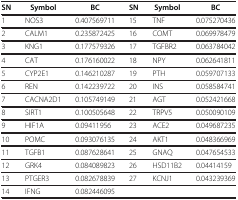
<table><thead><tr><td><b>SN</b></td><td><b>Symbol</b></td><td><b>BC</b></td><td><b>SN</b></td><td><b>Symbol</b></td><td><b>BC</b></td></tr></thead><tbody><tr><td>1</td><td>NOS3</td><td>0.407569711</td><td>15</td><td>TNF</td><td>0.075270436</td></tr><tr><td>2</td><td>CALM1</td><td>0.235872425</td><td>16</td><td>COMT</td><td>0.069978479</td></tr><tr><td>3</td><td>KNG1</td><td>0.177579326</td><td>17</td><td>TGFBR2</td><td>0.063784042</td></tr><tr><td>4</td><td>CAT</td><td>0.176160022</td><td>18</td><td>NPY</td><td>0.062641811</td></tr><tr><td>5</td><td>CYP2E1</td><td>0.146210287</td><td>19</td><td>PTH</td><td>0.059707133</td></tr><tr><td>6</td><td>REN</td><td>0.142239722</td><td>20</td><td>INS</td><td>0.058584741</td></tr><tr><td>7</td><td>CACNA2D1</td><td>0.105749149</td><td>21</td><td>AGT</td><td>0.052421668</td></tr><tr><td>8</td><td>SIRT1</td><td>0.100505648</td><td>22</td><td>TRPV5</td><td>0.050090109</td></tr><tr><td>9</td><td>HIF1A</td><td>0.09411956</td><td>23</td><td>ACE2</td><td>0.049687235</td></tr><tr><td>10</td><td>POMC</td><td>0.093076135</td><td>24</td><td>AKT1</td><td>0.048366969</td></tr><tr><td>11</td><td>TGFB1</td><td>0.087628641</td><td>25</td><td>GNAQ</td><td>0.047654533</td></tr><tr><td>12</td><td>GRK4</td><td>0.084089823</td><td>26</td><td>HSD11B2</td><td>0.04414159</td></tr><tr><td>13</td><td>PTGER3</td><td>0.082678839</td><td>27</td><td>KCNJ1</td><td>0.043239369</td></tr><tr><td>14</td><td>IFNG</td><td>0.082446095</td><td> </td><td> </td><td> </td></tr></tbody></table>